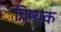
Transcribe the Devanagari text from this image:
विष्यक